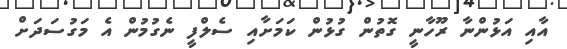
އާއި އަޅުންނާ ރޫހާނީ ގޮތުން ގުޅުން ކަމަށާއި ސެލްފީ ނެގުމުން އެ މަގުސަދަށް